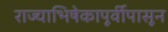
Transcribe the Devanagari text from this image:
राज्याभिषेकापूर्वीपासून